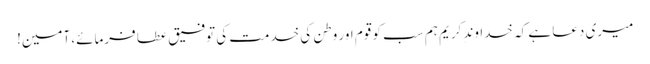
میری دعا ہے کہ خداوندِ کریم ہم سب کو قوم اور وطن کی خدمت کی توفیق عطا فرمائے، آمین!